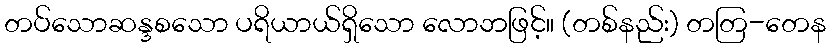
တပ်သောဆန္ဒစသော ပရိယာယ်ရှိသော လောဘဖြင့်။ (တစ်နည်း) တတြ-တေန